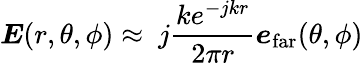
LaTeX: \boldsymbol{E}(r,\theta,\phi)\approx\ j\frac{ke^{-jkr}}{2\pi r}\boldsymbol{e}_{\mathrm{far}}(\theta,\phi)